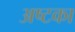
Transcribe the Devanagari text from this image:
अष्टका